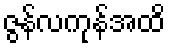
ဇွန်လကုန်အထိ